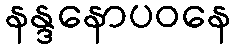
နန္ဒနောပဝနေ